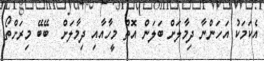
އެކަމަކު އަހަންނާ ދިމާލަށް ބަލަން އޮތް މީހާއާއި ދިމާލަށް  ބޭބޭ މިރަށްތޯ